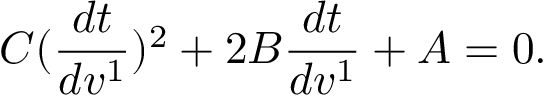
C ( \frac { d t } { d v ^ { 1 } } ) ^ { 2 } + 2 B \frac { d t } { d v ^ { 1 } } + A = 0 .